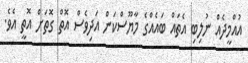
އުއްމީދެއް ނުލިބި އެތައް ބައެއްގެ މާޔޫސްކަން އަދިވެސް އޮތް ގޮތަށް އޮތީ އެވެ.